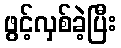
ဖွင့်လှစ်ခဲ့ပြီး